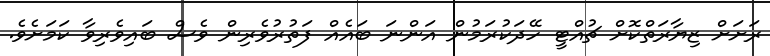
ރަށަށް ޒިޔާރަތްކޮށް ޗުއްޓީ ހޭދަކުރަމުން އަންނަ ބައެއް ފަތުރުވެރިން ވެސް ބައިވެރިވާ ކަމަށެވެ.